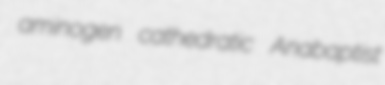
aminogen cathedratic Anabaptist